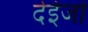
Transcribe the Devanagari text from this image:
देईजो